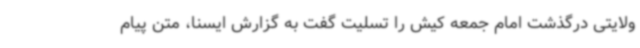
ولایتی درگذشت امام جمعه کیش را تسلیت گفت به گزارش ایسنا، متن پیام